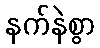
နက်နဲစွာ